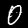
Label: 0